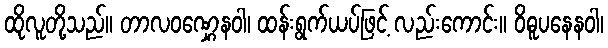
ထိုလူတို့သည်။ တာလဝဏ္ဋေနဝါ၊ ထန်းရွက်ယပ်ဖြင့် လည်းကောင်း။ ဝိဓူပနေနဝါ၊